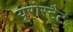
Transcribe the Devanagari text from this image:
यूरोस्टैट